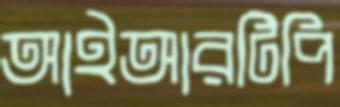
আইআরটিপি